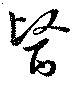
医